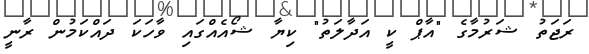
ރަޖަތު ޝަރުމާގެ "އާޕް ކީ އަދާލަތު" ކިޔާ ޝޯއެއްގައި ވާހަކަ ދައްކަމުން ރާނީ